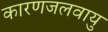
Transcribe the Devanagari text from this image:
कारणजलवायु